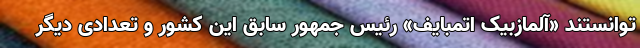
توانستند «آلمازبیک اتمبایف» رئیس جمهور سابق این کشور و تعدادی دیگر